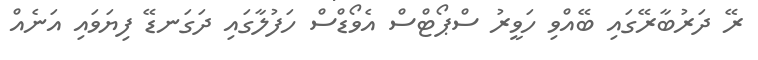
ރޭ ދަރުބާރޭގައި ބޭއްވި ހަވީރު ސްޕޯޓްސް އެވޯޑްސް ހަފުލާގައި ދަގަނޑޭ ފިޔަވައި އަނެއް